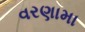
વરણામા